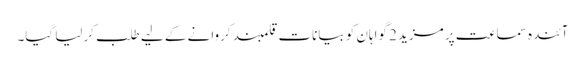
آئندہ سماعت پر مزید 2 گواہان کو بیانات قلمبند کروانے کے لیے طلب کرلیا گیا۔